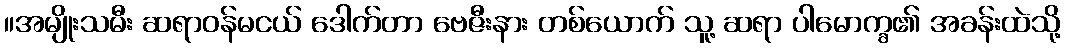
။အမျိုးသမီး ဆရာဝန်မငယ် ဒေါက်တာ ဗေဇီးနား တစ်ယောက် သူ့ ဆရာ ပါမောက္ခ၏ အခန်းထဲသို့